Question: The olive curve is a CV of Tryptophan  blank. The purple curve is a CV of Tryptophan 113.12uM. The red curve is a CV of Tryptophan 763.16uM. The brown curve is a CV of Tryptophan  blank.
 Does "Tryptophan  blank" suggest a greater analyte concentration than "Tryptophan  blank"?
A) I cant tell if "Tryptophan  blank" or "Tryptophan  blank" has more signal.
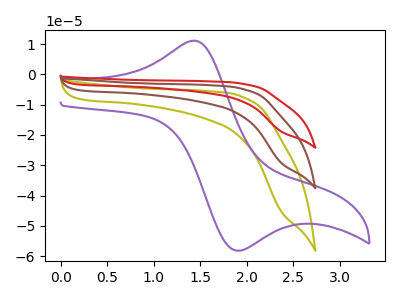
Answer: <think>The olive curve "Tryptophan  blank" has no peaks. The purple curve "Tryptophan 113.12uM" has an anodic peak at (1.40V, 11.10uA) and a cathodic peak at (1.90V, -58.20uA). The red curve "Tryptophan 763.16uM" has no peaks. The brown curve "Tryptophan  blank" has no peaks.
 Neither "Tryptophan  blank" or "Tryptophan  blank" have any peaks.</think>
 <answer>A) I cant tell if "Tryptophan  blank" or "Tryptophan  blank" has more signal.</answer>
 <eval>A</eval>